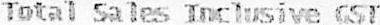
TOTAL SALES INCLUSIVE GST